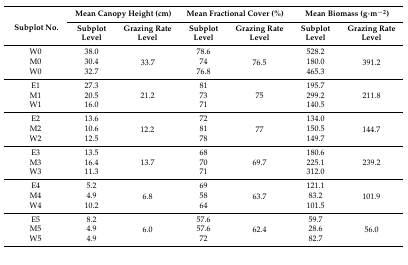
<table><thead><tr><td rowspan="2"><b>Subplot No.</b></td><td colspan="2"><b>Mean Canopy Height (cm)</b></td><td colspan="2"><b>Mean Fractional Cover (%)</b></td><td colspan="2"><b>Mean Biomass (g·m<sup>−2</sup>)</b></td></tr><tr><td><b>Subplot Level</b></td><td><b>Grazing Rate Level</b></td><td><b>Subplot Level</b></td><td><b>Grazing Rate Level</b></td><td><b>Subplot Level</b></td><td><b>Grazing Rate Level</b></td></tr></thead><tbody><tr><td>W0</td><td>38.0</td><td rowspan="3">33.7</td><td>78.6</td><td rowspan="3">76.5</td><td>528.2</td><td rowspan="3">391.2</td></tr><tr><td>M0</td><td>30.4</td><td>74</td><td>180.0</td></tr><tr><td>W0</td><td>32.7</td><td>76.8</td><td>465.3</td></tr><tr><td>E1</td><td>27.3</td><td rowspan="3">21.2</td><td>81</td><td rowspan="3">75</td><td>195.7</td><td rowspan="3">211.8</td></tr><tr><td>M1</td><td>20.5</td><td>73</td><td>299.2</td></tr><tr><td>W1</td><td>16.0</td><td>71</td><td>140.5</td></tr><tr><td>E2</td><td>13.6</td><td rowspan="3">12.2</td><td>72</td><td rowspan="3">77</td><td>134.0</td><td rowspan="3">144.7</td></tr><tr><td>M2</td><td>10.6</td><td>81</td><td>150.5</td></tr><tr><td>W2</td><td>12.5</td><td>78</td><td>149.7</td></tr><tr><td>E3</td><td>13.5</td><td rowspan="3">13.7</td><td>68</td><td rowspan="3">69.7</td><td>180.6</td><td rowspan="3">239.2</td></tr><tr><td>M3</td><td>16.4</td><td>70</td><td>225.1</td></tr><tr><td>W3</td><td>11.3</td><td>71</td><td>312.0</td></tr><tr><td>E4</td><td>5.2</td><td rowspan="3">6.8</td><td>69</td><td rowspan="3">63.7</td><td>121.1</td><td rowspan="3">101.9</td></tr><tr><td>M4</td><td>4.9</td><td>58</td><td>83.2</td></tr><tr><td>W4</td><td>10.2</td><td>64</td><td>101.5</td></tr><tr><td>E5</td><td>8.2</td><td rowspan="3">6.0</td><td>57.6</td><td rowspan="3">62.4</td><td>59.7</td><td rowspan="3">56.0</td></tr><tr><td>M5</td><td>4.9</td><td>57.6</td><td>28.6</td></tr><tr><td>W5</td><td>4.9</td><td>72</td><td>82.7</td></tr></tbody></table>